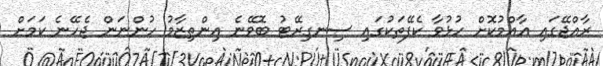
ރާއްޖޭގައި އާއްމުކޮށް ހުޅުވާ ކެފޭތަކުގައި ސިނގިރޭޓު ބޮވޭނެ އިންތިޒާމު ހުންނަން ޖެހޭނެ ކަމަށް